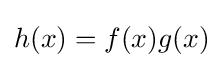
{\textstyle h(x)=f(x)g(x)}